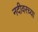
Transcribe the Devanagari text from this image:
नदीवरच्या